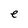
Character: e